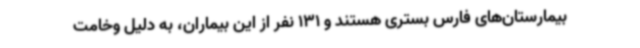
بیمارستان‌های فارس بستری هستند و 131 نفر از این بیماران، به دلیل وخامت